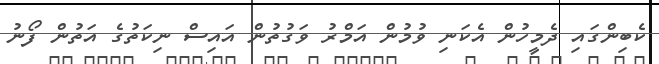
ކެބިންގައި ދެމީހުން އެކަނި ވުމުން އަމްރު ވަގުތުން އައިސް ނިކަތުގެ އަތުން ފޯނު